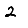
Digit: 2